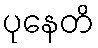
ပုနေတိ